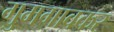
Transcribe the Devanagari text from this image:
गुमगावकर